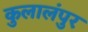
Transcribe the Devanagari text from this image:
कुलालंपुर